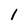
Character: 1